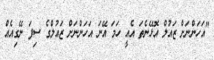
"އަހަންނަށް ޒައުލް އޮޅޭނެތަ އެއީ ހަމަ އޭނަ އަހަންނަށް ޒައުލްގެ ސިފަ ނޭގިއެއް